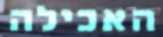
האכילה